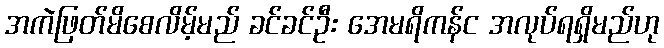
အကဲဖြတ်မိစေလိမ့်မည် ခင်ခင်ဦး အေမရိကန်င အလုပ်ရရှိမည်ဟု